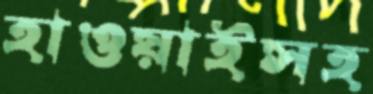
হাওয়াইসহ